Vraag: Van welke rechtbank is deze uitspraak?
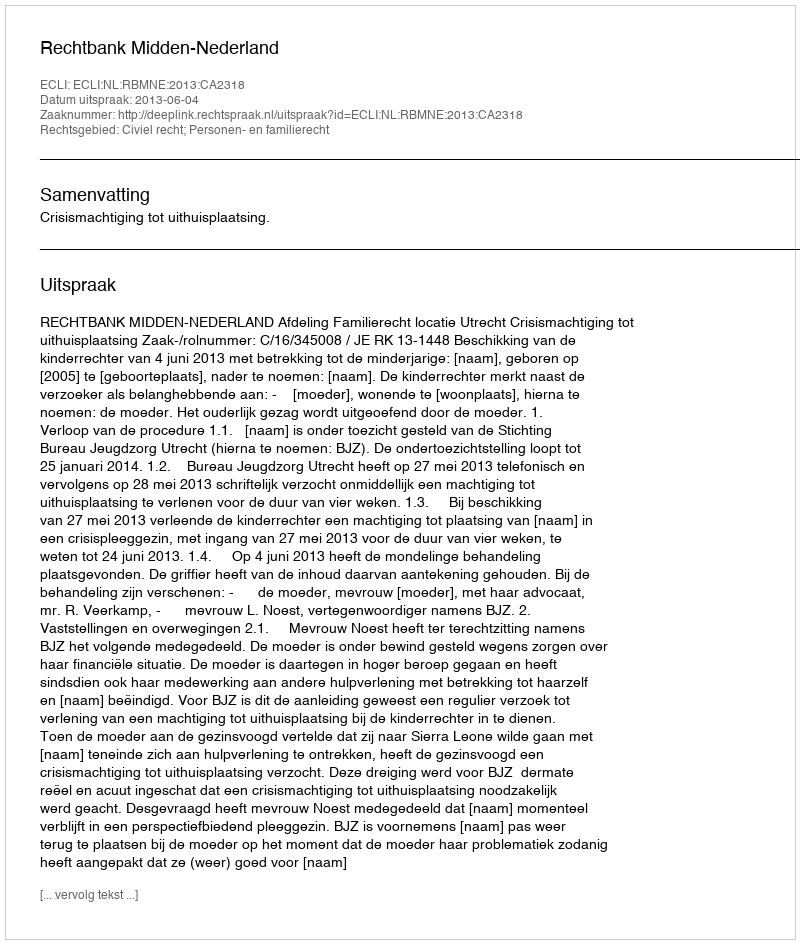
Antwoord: Rechtbank Midden-Nederland